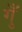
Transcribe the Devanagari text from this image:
गुँ